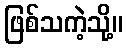
ဖြစ်သကဲ့သို့။